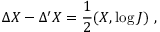
\Delta X - \Delta ^ { \prime } X = \frac { 1 } { 2 } ( X , \log J ) \ ,